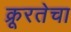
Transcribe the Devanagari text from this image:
क्रूरतेचा